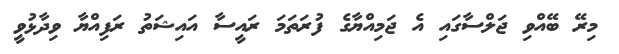
މިރޭ ބޭއްވި ޖަލްސާގައި އެ ޖަމިއްޔާގެ ފުރަތަމަ ރައީސާ އައިޝަތު ރަފިއްޔާ ވިދާޅުވީ